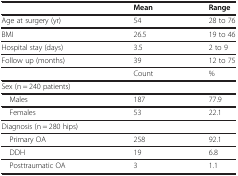
<table><thead><tr><td><b> </b></td><td><b>Mean</b></td><td><b>Range</b></td></tr></thead><tbody><tr><td>Age at surgery (yr)</td><td>54</td><td>28 to 76</td></tr><tr><td>BMI</td><td>26.5</td><td>19 to 46</td></tr><tr><td>Hospital stay (days)</td><td>3.5</td><td>2 to 9</td></tr><tr><td>Follow up (months)</td><td>39</td><td>12 to 75</td></tr><tr><td> </td><td>Count</td><td>%</td></tr><tr><td>Sex (n = 240 patients)</td><td> </td><td> </td></tr><tr><td> Males</td><td>187</td><td>77.9</td></tr><tr><td> Females</td><td>53</td><td>22.1</td></tr><tr><td>Diagnosis (n = 280 hips)</td><td> </td><td> </td></tr><tr><td> Primary OA</td><td>258</td><td>92.1</td></tr><tr><td> DDH</td><td>19</td><td>6.8</td></tr><tr><td> Posttraumatic OA</td><td>3</td><td>1.1</td></tr></tbody></table>